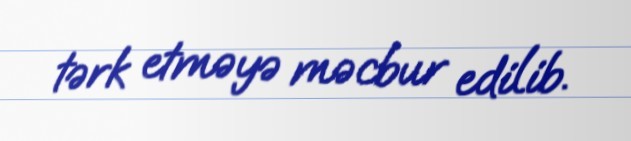
tərk etməyə məcbur edilib.